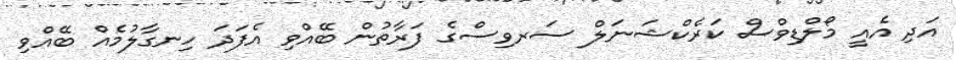
އަދި އެއީ މޯލްޑިވްސް ކަރެކްޝަނަލް ސަރވިސްގެ ފަރާތުން ބޭއްވި އެފަދަ ހިނގާލުމެއް ބޭއްވި